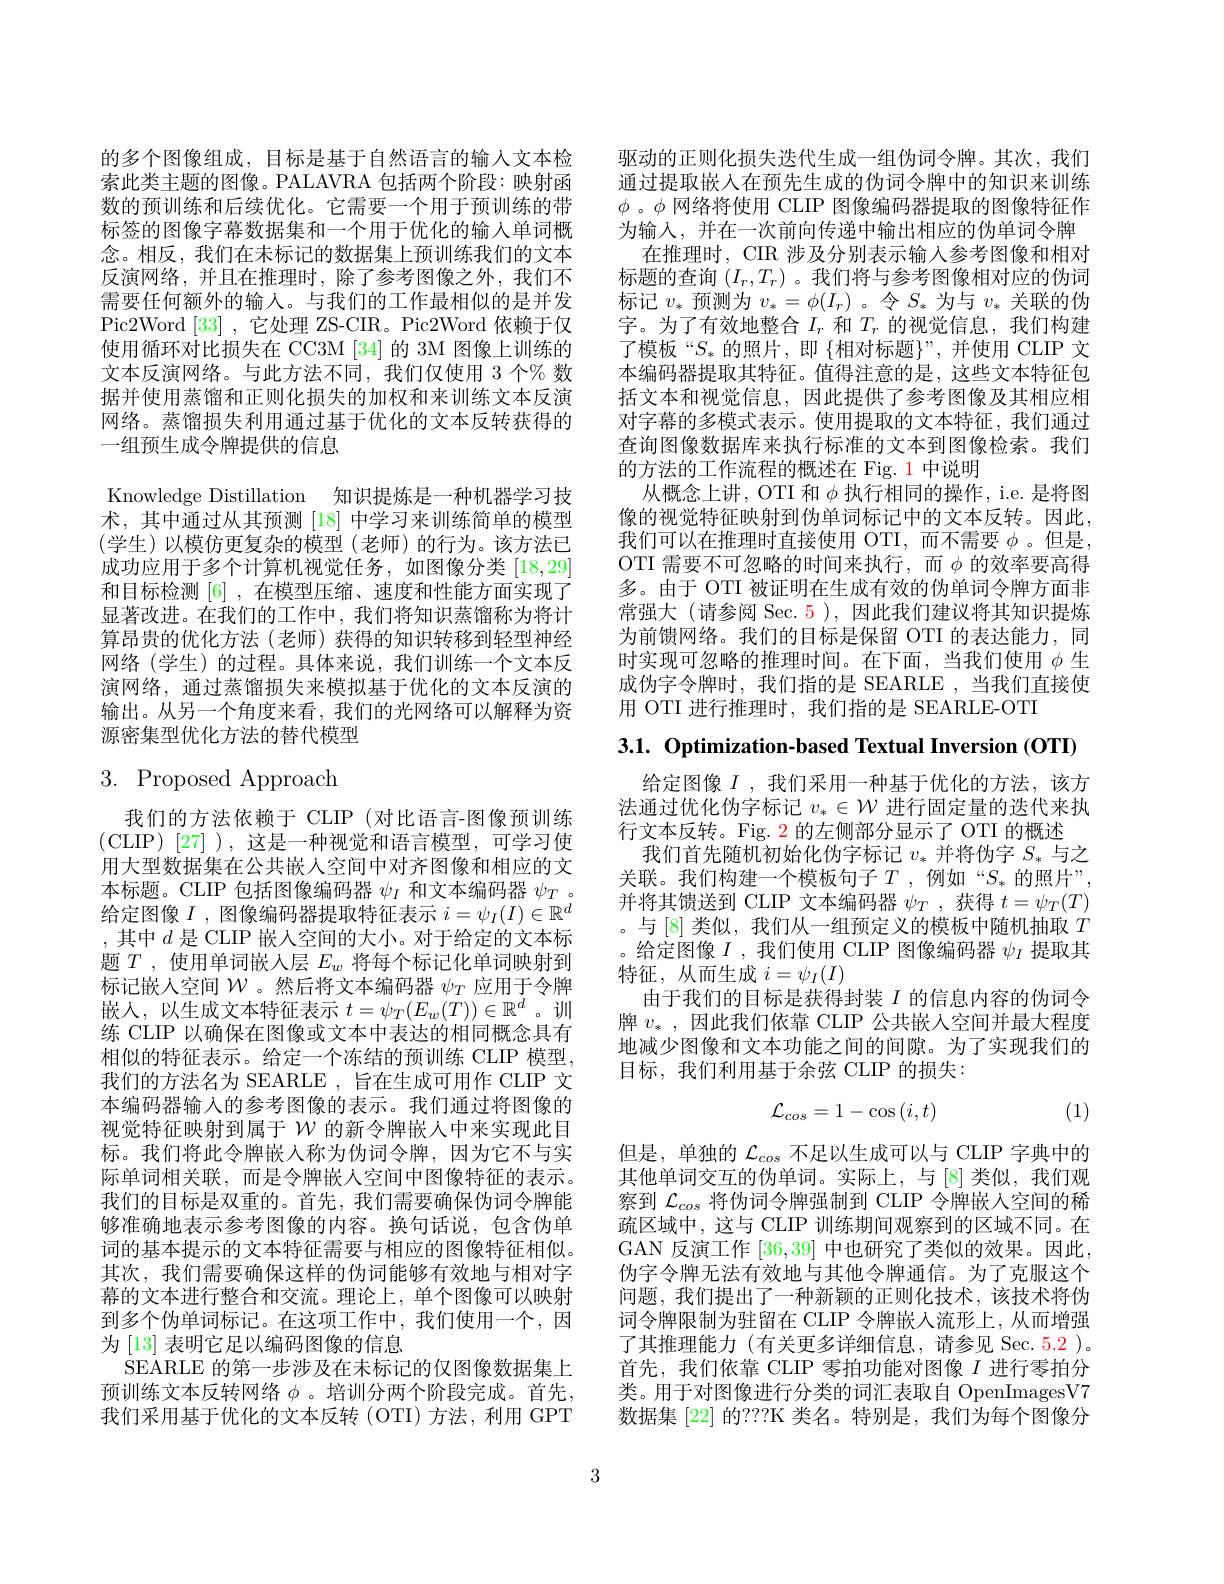
的多个图像组成，目标是基于自然语言的输人文本检索此类主题的图像。PALAVRA 包括两个阶段：映射函数的预训练和后续优化。它需要一个用于预训练的带标签的图像字幕数据集和一个用于优化的输人单词概念。相反，我们在未标记的数据集上预训练我们的文本反演网络，并且在推理时，除了参考图像之外，我们不需要任何额外的输人。与我们的工作最相似的是并发Pic2Word [33] ,它处理 ZS-CIR。Pic2Word 依赖于仅使用循环对比损失在 CC3M [34] 的 3M 图像上训练的文本反演网络。与此方法不同，我们仅使用 3 个% 数据并使用蒸馏和正则化损失的加权和来训练文本反演网络。蒸馏损失利用通过基于优化的文本反转获得的一组预生成令牌提供的信息
Knowledge Distillation 知识提炼是一种机器学习技术，其中通过从其预测[18]中学习来训练简单的模型(学生)以模仿更复杂的模型(老师)的行为。该方法已成功应用于多个计算机视觉任务，如图像分类[18,29] 和目标检测[6] ,在模型压缩、速度和性能方面实现了显著改进。在我们的工作中，我们将知识蒸馏称为将计算昂贵的优化方法(老师)获得的知识转移到轻型神经网络(学生)的过程。具体来说，我们训练一个文本反演网络，通过蒸馏损失来模拟基于优化的文本反演的输出。从另一个角度来看，我们的光网络可以解释为资源密集型优化方法的替代模型

# $3.{\mathrm{Proposed~Approach}}$

我们的方法依赖于 CLIP (对比语言-图像预训练(CLIP)[27]),这是一种视觉和语言模型，可学习使用大型数据集在公共嵌人空间中对齐图像和相应的文本标题。CLIP 包括图像编码器$\psi_I$和文本编码器$\psi_T$ 。给定图像$I$ , 图像编码器提取特征表示$i=\psi_I(I)\in\mathbb{R}^d$ ,其中$d$ 是 CLIP 嵌入空间的大小。对于给定的文本标题$T$,使用单词嵌人层$E_w$将每个标记化单词映射到标记嵌人空间$\mathcal{W}$。然后将文本编码器$\psi_T$应用于令牌嵌入，以生成文本特征表示$t=\psi_T(E_w(T))\in\mathbb{R}^d$ 。训练 CLIP 以确保在图像或文本中表达的相同概念具有相似的特征表示。给定一个冻结的预训练 CLIP 模型我们的方法名为 SEARLE , 旨在生成可用作 CLIP 文本编码器输入的参考图像的表示。我们通过将图像的视觉特征映射到属于$\mathcal{W}$的新令牌嵌人中来实现此目标。我们将此令牌嵌人称为伪词令牌，因为它不与实际单词相关联，而是令牌嵌人空间中图像特征的表示。我们的目标是双重的。首先，我们需要确保伪词令牌能够准确地表示参考图像的内容。换句话说，包含伪单词的基本提示的文本特征需要与相应的图像特征相似。其次，我们需要确保这样的伪词能够有效地与相对字幕的文本进行整合和交流。理论上，单个图像可以映射到多个伪单词标记。在这项工作中，我们使用一个，因为 [13] 表明它足以编码图像的信息
SEARLE 的第一步涉及在未标记的仅图像数据集上预训练文本反转网络$\phi$ 。培训分两个阶段完成。首先， 我们采用基于优化的文本反转(OTI)方法，利用 GPT

驱动的正则化损失迭代生成一组伪词令牌。其次，我们通过提取嵌入在预先生成的伪词令牌中的知识来训练$\phi$。$\phi$网络将使用 CLIP 图像编码器提取的图像特征作为输入，并在一次前向传递中输出相应的伪单词令牌
在推理时，CIR 涉及分别表示输入参考图像和相对标题的查询$(I_r,T_r)$ 。我们将与参考图像相对应的伪词标记$v_*$预测为$v_*=\phi(I_r)$ 。令$S_*$为与$v_*$关联的伪字。为了有效地整合$I_r$和$T_r$的视觉信息，我们构建了模板“$S_*$的照片，即 $\{$相对标题$\}”$, 并使用 CLIP 文本编码器提取其特征。值得注意的是，这些文本特征包括文本和视觉信息，因此提供了参考图像及其相应相对字幕的多模式表示。使用提取的文本特征，我们通过查询图像数据库来执行标准的文本到图像检索。我们的方法的工作流程的概述在 Fig. 1 中说明
从概念上讲，OTI 和$\phi$ 执行相同的操作，i.e. 是将图像的视觉特征映射到伪单词标记中的文本反转。因此， 我们可以在推理时直接使用 OTI,而不需要$\phi$。但是OTI 需要不可忽略的时间来执行，而$\phi$的效率要高得多。由于 OTI 被证明在生成有效的伪单词令牌方面非常强大 (请参阅 Sec. 5 ),因此我们建议将其知识提炼为前馈网络。我们的目标是保留 OTI 的表达能力，同时实现可忽略的推理时间。在下面，当我们使用$\phi$生成伪字令牌时，我们指的是 SEARLE ,当我们直接使用 OTI 进行推理时，我们指的是 SEARLE-OTI

3.1. Optimization-based Textual Inversion (OTI)

给定图像$I$ ,我们采用一种基于优化的方法，该方法通过优化伪字标记$v_*\in\mathcal{W}$进行固定量的迭代来执行文本反转。Fig. 2 的左侧部分显示了 OTI 的概述
我们首先随机初始化伪字标记$v_*$并将伪字$S_*$与之关联。我们构建一个模板句子$T$,例如“$S_*$的照片”, 并将其馈送到 CLIP 文本编码器$\psi_T$ ,获得$t=\psi_T(T)$ 。与 [8] 类似，我们从一组预定义的模板中随机抽取$T$ 。给定图像$I$ ,我们使用 CLIP 图像编码器$\psi_I$提取其特征，从而生成$i=\psi_I(I)$
由于我们的目标是获得封装$I$的信息内容的伪词令牌$v_*$,因此我们依靠 CLIP 公共嵌人空间并最大程度地减少图像和文本功能之间的间隙。为了实现我们的目标，我们利用基于余弦 CLIP 的损失：
$$\mathcal{L}_{cos}=1-\cos{(i,t)}$$
(1)

但是，单独的$\mathcal{L}_{cos}$不足以生成可以与 CLIP 字典中的其他单词交互的伪单词。实际上，与[8]类似，我们观察到$\mathcal{L}_{cos}$将伪词令牌强制到 CLIP 令牌嵌入空间的稀疏区域中，这与 CLIP 训练期间观察到的区域不同。在GAN 反演工作 [36,39] 中也研究了类似的效果。因此， 伪字令牌无法有效地与其他令牌通信。为了克服这个问题，我们提出了一种新颖的正则化技术，该技术将伪词令牌限制为驻留在 CLIP 令牌嵌入流形上，从而增强了其推理能力(有关更多详细信息，请参见 Sec. 5.2 )。首先，我们依靠 CLIP 零拍功能对图像$I$进行零拍分类。用于对图像进行分类的词汇表取自 OpenImagesV7数据集 [22] 的？??K 类名。特别是，我们为每个图像分

3